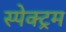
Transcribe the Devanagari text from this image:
स्पेक्‍ट्रम